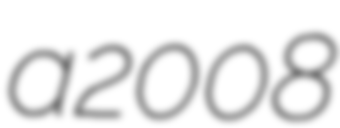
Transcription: a 2008